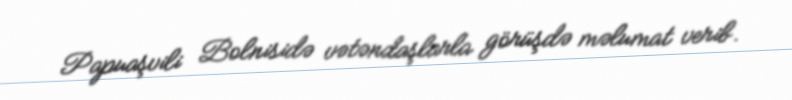
Papuaşvili Bolnisidə vətəndaşlarla görüşdə məlumat verib.